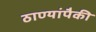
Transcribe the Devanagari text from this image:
ठाण्यांपैकी